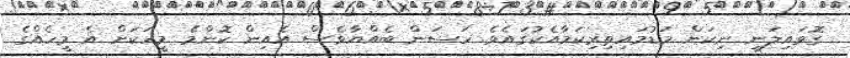
ގޮވައިލަނީ ނިކަން މަޑުމައިތިރިކަމާއެކުގައެވެ. ހަސަން ބެއްޔާވެސް އެއިން ކޮންމެ މީހަކަށް އެ މީހެއްގެ